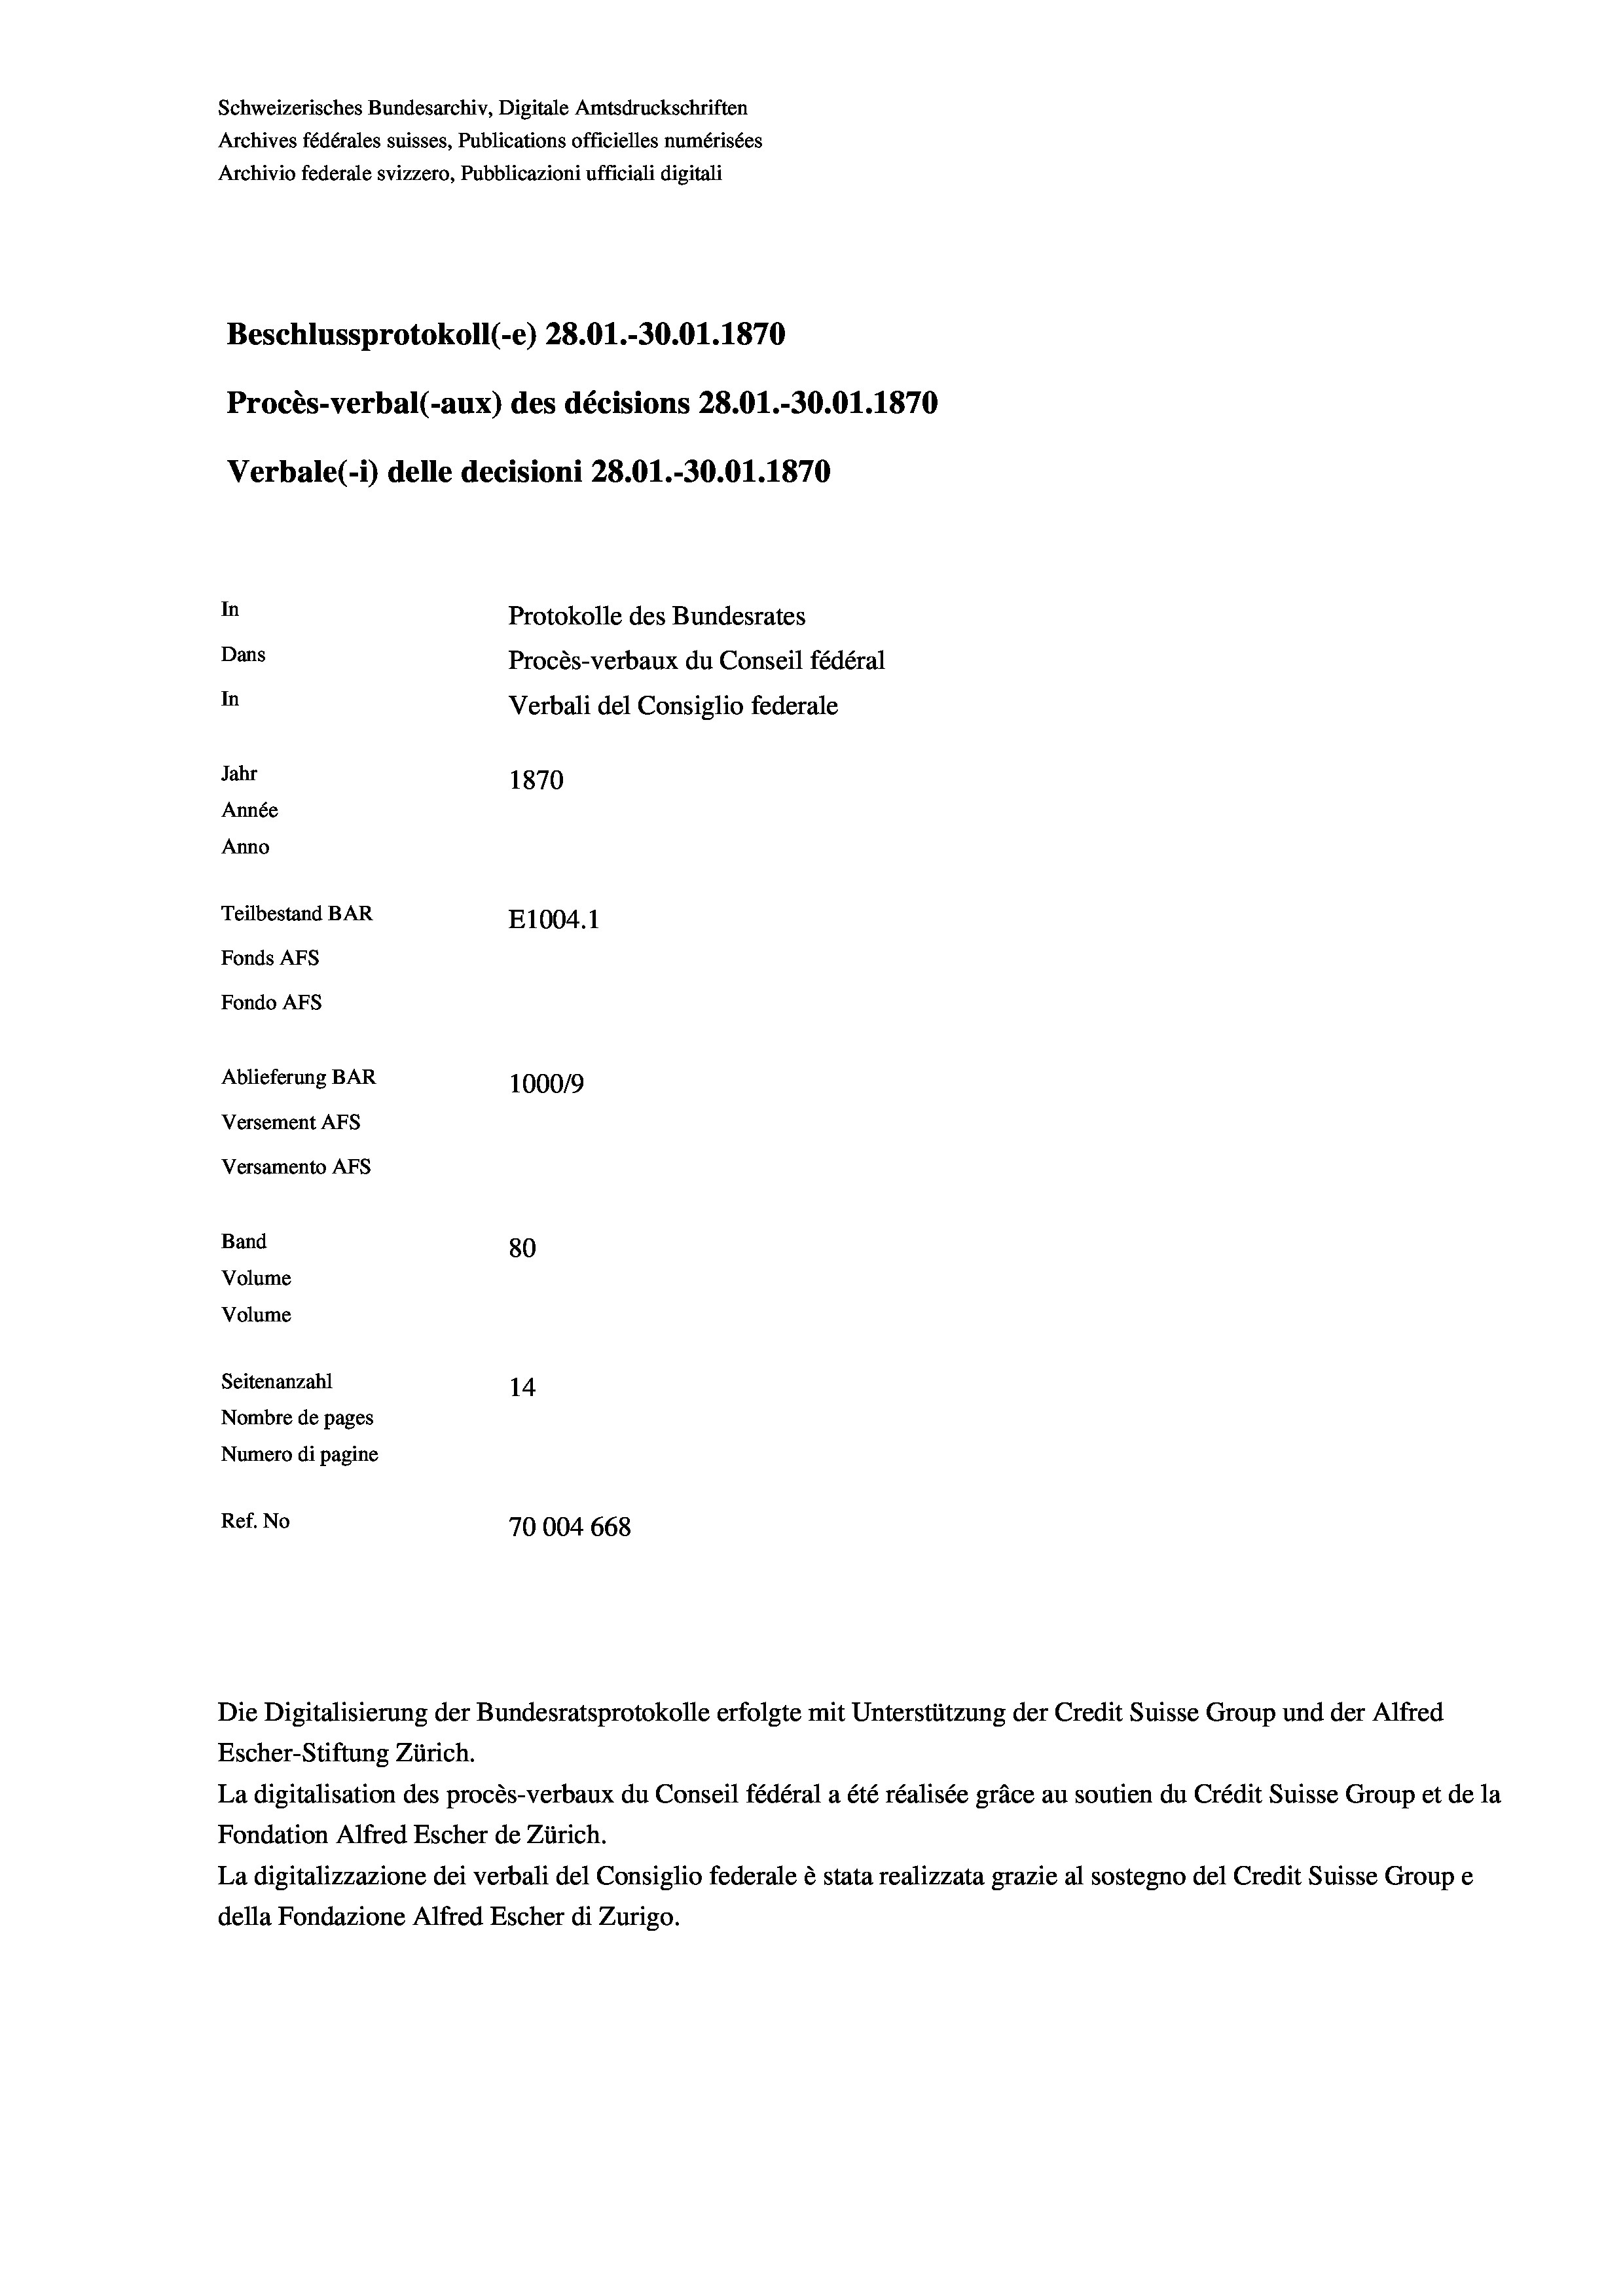
Schweizerisches Bundesarchiv, Digitale Amtsdruckschriften
Archives fédérales suisses, Publications officielles numérisées
Archivio federale svizzero, Pubblicazioni ufficiali digitali
Beschlussprotokoll (-e) 28.01.-30.01. 1870
Procès-verbal (-aux) des décisions 28.01.-30.01. 1870
Verbale (- 1) delle decisioni 28.01.-30.01. 1870
In
Protokolle des Bundesrates
Dans
Procès-verbaux du Conseil fédéral
In
Verbali del Consiglio federale
Jahr
1870
Année
Anno
Teilbestand BAR
E1004. 1
Fonds AFs
Fondo Afs
Ablieferung BAR
100019
Versement Ans
Versamento Afs
Band
80
Volume
Volume

Seitenanzahl
14
Nombre de pages
Numero di pagine
Ref. No
70004 668

Escher-Stiftung Zürich.
La digitalisation des procès-verbaux du Conseil fédéral a été réalisée gräce au soutien du Crédit Suisse Group et de la
Fondation Alfred Escher de Zürich.
La digitalizzazione dei verbali del Consiglio federale è stata realizzata grazie al sostegno del Credit Suisse Groupe
della Fondazione Alfred Escher di Zurigo.

Die Digitalisierung der Bundesratsprotokolle erfolgte mit Unterstützung der Credit Suisse Group und der Alfred